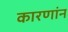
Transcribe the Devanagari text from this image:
कारणांन